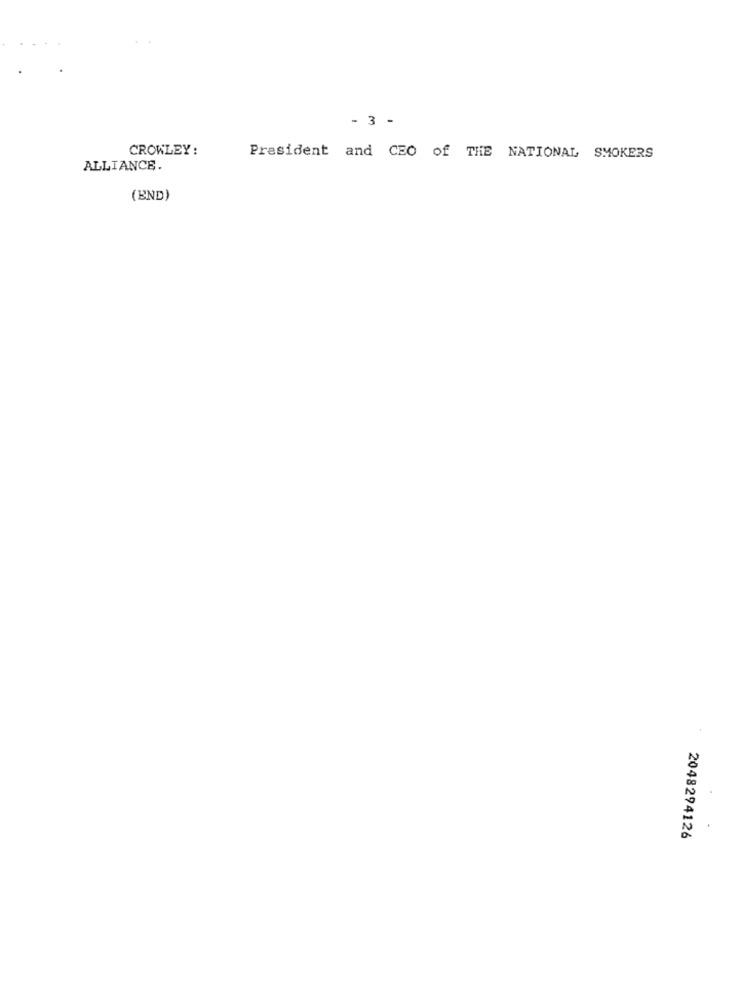
- 3 -
CROWLEY:
President and CEO of THE NATIONAL SMOKERS
ALLIANCE
(END)
2048294126